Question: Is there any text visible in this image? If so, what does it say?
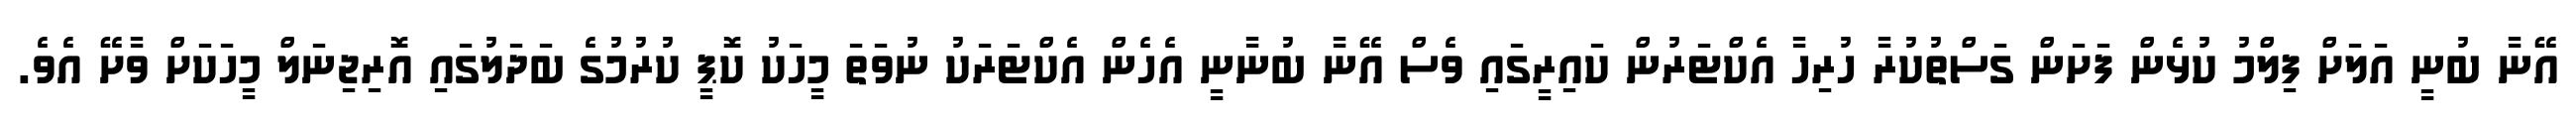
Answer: އޭނާ ބުނީ އަލަށް ފިލްމު ކުޅެން ފަށަން ގަސްތުކުރާ ހުރިހާ އެކްޓަރުން ކައިރީގައި ވެސް އޭނާ ބުނާނީ އެހެން އެކްޓަރަކު ނުވަތަ މީހަކު ކޮޕީ ކުރުމުގެ ބަދަލުގައި އޮރިޖިނަލް މީހަކަށް ވާށޭ އެވެ.